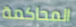
المحاكمة